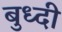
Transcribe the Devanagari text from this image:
बुध्‍दी